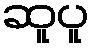
ဆူပူ